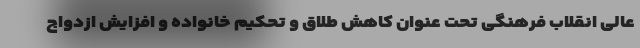
عالی انقلاب فرهنگی تحت عنوان کاهش طلاق و تحکیم خانواده و افزایش ازدواج